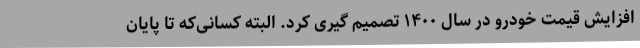
افزایش قیمت خودرو در سال ۱۴۰۰ تصمیم گیری کرد. البته کسانی‌که تا پایان